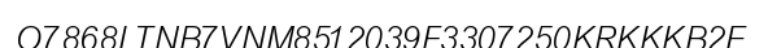
O7868LTNB7VNM8512039F3307250KRKKKB2E